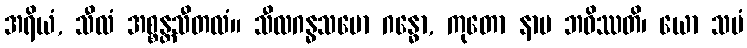
အရိယံ, သီလံ အစ္စန္တသီတလံ။ သီလဂန္ဓသမော ဂန္ဓော, ကုတော နာမ ဘဝိဿတိ၊ ယော သမံ